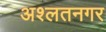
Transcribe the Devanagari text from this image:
अश्लतनगर